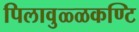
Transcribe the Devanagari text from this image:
पिलावुळ्ळकण्टि